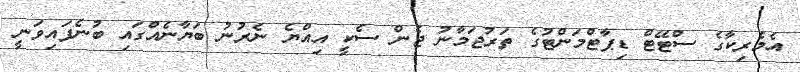
އެމެރިކާގެ ސްޓޭޓް ޑިޕާޓްމަންޓުގެ ތަރުޖަމާނު ޖެން ސެކީ އިއްޔެ ނެރުނު ބަޔާނެއްގައި ބުނެފައިވަނީ